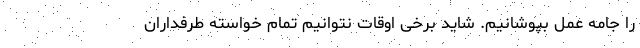
را جامه عمل بپوشانیم. شاید برخی اوقات نتوانیم تمام خواسته طرفداران